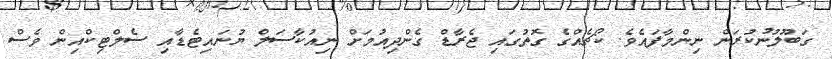
ގަބޫލުނުކުރަން ނިންމާފައެވެ. ކޯޗެއްގެ ގޮތުގައި ޖެރާޑް ގެންދިއުމަށް ނިއުކާސަލް ޔުނައިޓެޑާއި ސެލްޓިކްއިން ވެސް